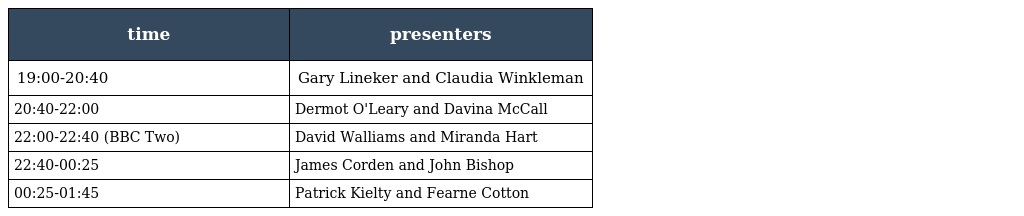
| time | presenters |
 | --- | --- |
 | 19:00-20:40 | Gary Lineker and Claudia Winkleman |
 | 20:40-22:00 | Dermot O'Leary and Davina McCall |
 | 22:00-22:40 (BBC Two) | David Walliams and Miranda Hart |
 | 22:40-00:25 | James Corden and John Bishop |
 | 00:25-01:45 | Patrick Kielty and Fearne Cotton |